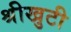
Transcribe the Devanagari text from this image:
श्रीखुटी